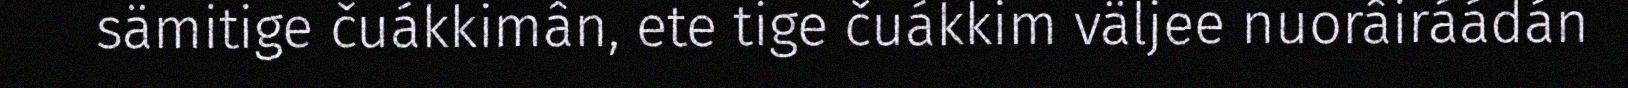
sämitige čuákkimân, ete tige čuákkim väljee nuorâiráádán